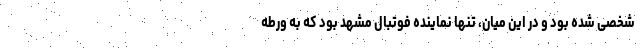
شخصی شده بود و در این میان، تنها نماینده فوتبال مشهد بود که به ورطه